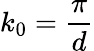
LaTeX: k_{0}=\frac{\pi}{d}